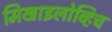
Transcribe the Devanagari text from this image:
मिखाइलोव्हिच